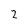
Character: 2